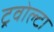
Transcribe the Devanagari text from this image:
ट्रवोल्टा